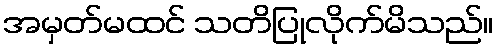
အမှတ်မထင် သတိပြုလိုက်မိသည်။